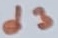
Text: d3